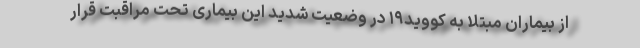
از بیماران مبتلا به کووید۱۹ در وضعیت شدید این بیماری تحت مراقبت قرار